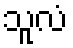
သူလံ